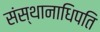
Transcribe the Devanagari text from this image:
संस्थानाधिपति